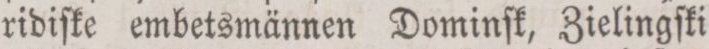
ridiſke embetsmännen Dominſk, Zielingſki